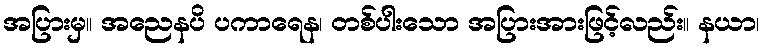
အပြားမှ။ အညေနပိ ပကာရေန၊ တစ်ပါးသော အပြားအားဖြင့်လည်း။ နယာ၊